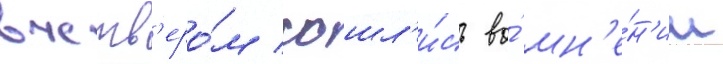
вчетв'еро́м сошл'и́сь во́ мн'е́н'ии